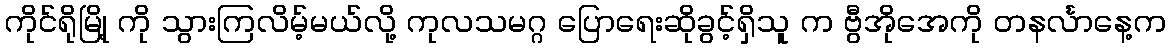
ကိုင်ရိုမြို့ ကို သွားကြလိမ့်မယ်လို့ ကုလသမဂ္ဂ ပြောရေးဆိုခွင့်ရှိသူ က ဗွီအိုအေကို တနင်္လာနေ့က